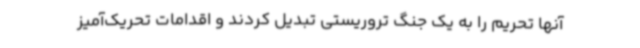
آنها تحریم را به یک جنگ تروریستی تبدیل کردند و اقدامات تحریک‌آمیز